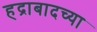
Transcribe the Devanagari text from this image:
हद्राबादच्या